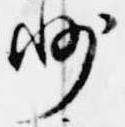
州